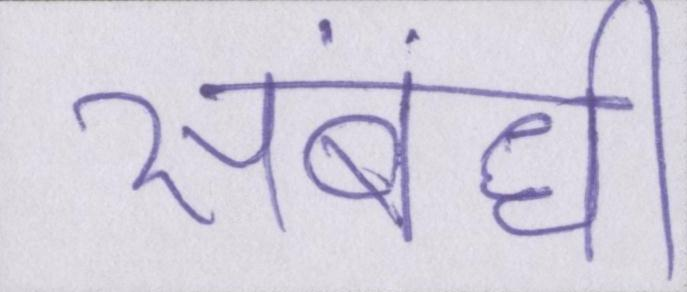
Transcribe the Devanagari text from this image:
संबंधी